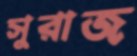
সুরাজ